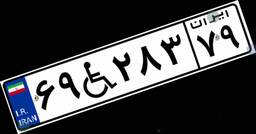
۵۳W۹۳۴۹۴